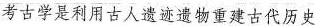
考古学是利用古人遗迹遗物重建古代历史